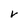
Character: V